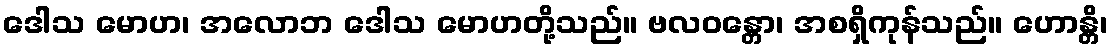
ဒေါသ မောဟ၊ အလောဘ ဒေါသ မောဟတို့သည်။ ဗလဝန္တော၊ အစရှိကုန်သည်။ ဟောန္တိ၊